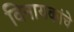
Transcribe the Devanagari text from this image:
विनायकांचे